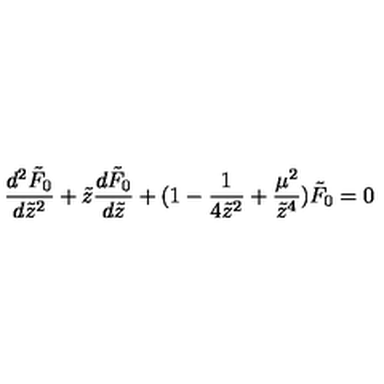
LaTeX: \frac { d ^ { 2 } \tilde { F } _ { 0 } } { d \tilde { z } ^ { 2 } } + \tilde { z } \frac { d \tilde { F } _ { 0 } } { d \tilde { z } } + ( 1 - \frac { 1 } { 4 \tilde { z } ^ { 2 } } + \frac { \mu ^ { 2 } } { \tilde { z } ^ { 4 } } ) \tilde { F } _ { 0 } = 0